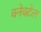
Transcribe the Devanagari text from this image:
क्नेक्टेल